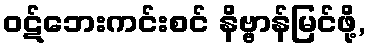
ဝဋ်ဘေးကင်းစင် နိဗ္ဗာန်မြင်ဖို့,